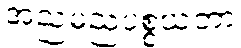
အညမညပစ္စယတာ